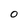
Character: O